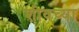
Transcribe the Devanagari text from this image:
शीवच्या